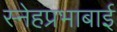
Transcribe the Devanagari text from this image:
स्नेहप्रभाबाई